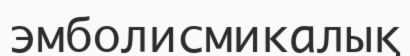
эмболисмикалық